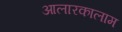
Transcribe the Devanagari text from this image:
आलारकालाम